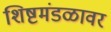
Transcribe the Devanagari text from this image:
शिष्टमंडळावर